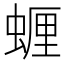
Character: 𮔠